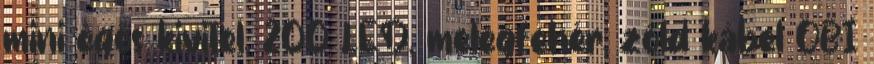
mini égős kivitel, 200 LED, melegfehér, zöld kábel OBI